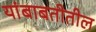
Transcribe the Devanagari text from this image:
यांबाबतीतील